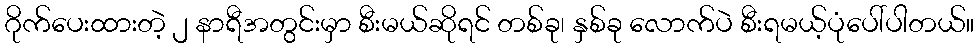
ဂိုက်ပေးထားတဲ့ ၂ နာရီအတွင်းမှာ စီးမယ်ဆိုရင် တစ်ခု၊ နှစ်ခု လောက်ပဲ စီးရမယ့်ပုံပေါ်ပါတယ်။